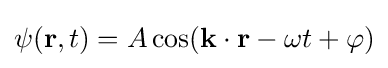
\psi (\mathbf {r} ,t)=A\cos(\mathbf {k} \cdot \mathbf {r} -\omega t+\varphi )